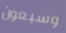
وسبعون